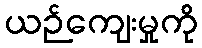
ယဉ်ကျေးမှုကို